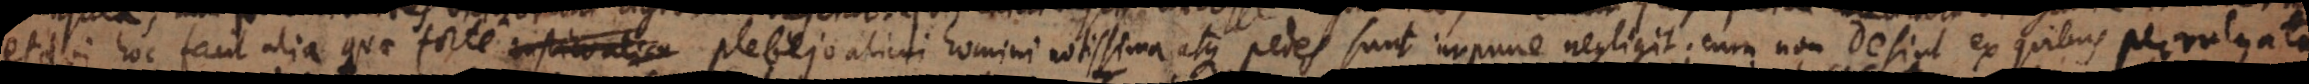
et qui hoc facit alia quae forte rustico plebejo alicui homini notissima atque [ante] pedes sunt impune negligit; cum non desint ex quibus pervulgata